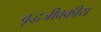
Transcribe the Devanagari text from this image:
वृद्धजीवकीय